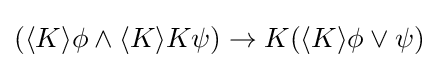
(\langle K\rangle \phi \land \langle K\rangle K\psi )\rightarrow K(\langle K\rangle \phi \vee \psi )